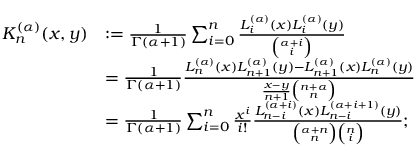
{ \begin{array} { r l } { K _ { n } ^ { ( \alpha ) } ( x , y ) } & { : = { \frac { 1 } { \Gamma ( \alpha + 1 ) } } \sum _ { i = 0 } ^ { n } { \frac { L _ { i } ^ { ( \alpha ) } ( x ) L _ { i } ^ { ( \alpha ) } ( y ) } { \binom { \alpha + i } { i } } } } \\ & { = { \frac { 1 } { \Gamma ( \alpha + 1 ) } } { \frac { L _ { n } ^ { ( \alpha ) } ( x ) L _ { n + 1 } ^ { ( \alpha ) } ( y ) - L _ { n + 1 } ^ { ( \alpha ) } ( x ) L _ { n } ^ { ( \alpha ) } ( y ) } { { \frac { x - y } { n + 1 } } { \binom { n + \alpha } { n } } } } } \\ & { = { \frac { 1 } { \Gamma ( \alpha + 1 ) } } \sum _ { i = 0 } ^ { n } { \frac { x ^ { i } } { i ! } } { \frac { L _ { n - i } ^ { ( \alpha + i ) } ( x ) L _ { n - i } ^ { ( \alpha + i + 1 ) } ( y ) } { { \binom { \alpha + n } { n } } { \binom { n } { i } } } } ; } \end{array} }